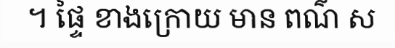
។ ផ្ទៃ ខាងក្រោយ មាន ពណ៌ ស